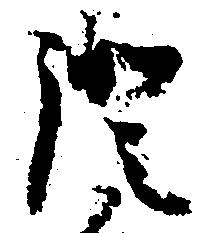
証